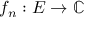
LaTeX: f _ { n } : E \to \mathbb { C }